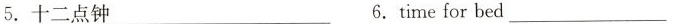
5.十二点钟___ 6.time for bed___